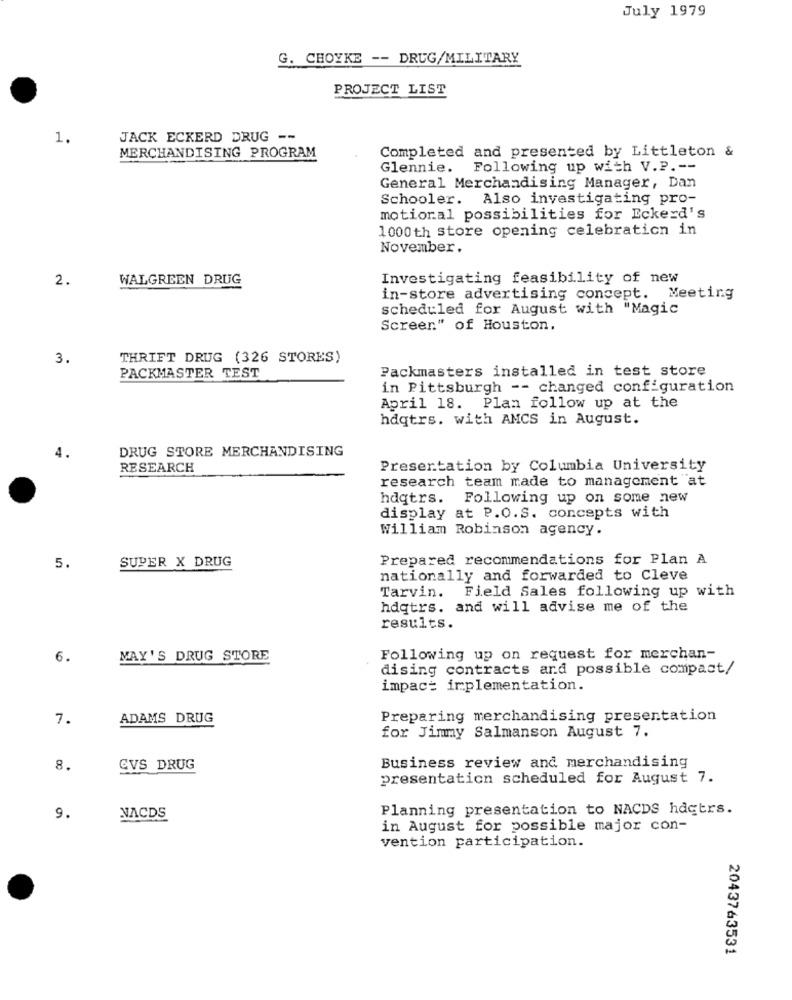
July 1979
G. CHOYKE -- DRUG/MILITARY
PROJECT LIST
1.
JACK ECKERD DRUG --
MERCHANDISING PROGRAM
Completed and presented by Littleton &
Glennie.
Following up with V.P. --
General Merchandising Manager, Dan
Schooler. Also investigating pro-
motioral possibilities for Eckerd's
1000th store opening celebration in
November.
2.
WALGREEN DRUG
Investigating feasibility of new
in-store advertising concept. Meeting
scheduled for August with "Magic
Screen" of Houston,
3.
THRIFT DRUG (326 STORES)
Packmasters installed in test store
PACKMASTER TEST
in Pittsburgh -- changed configuration
April 18. Plan follow up at the
hdqtrs. with AMCS in August.
DRUG STORE MERCHANDISING
4.
RESEARCH
Presentation by Columbia University
research team made to management "at
hdqtrs.
Following up on some new
display at P.O.S. concepts with
William Robinson agency.
SUPER X DRUG
Prepared recommendations for Plan A
5.
nationally and forwarded to Cleve
Tarvin. Field Sales following up with
hdqtrs. and will advise me of the
results.
6.
MAY'S DRUG STORE
Following up on request for merchan-
dising contracts ard possible compact/
impact implementation.
7.
ADAMS DRUG
Preparing merchandising presentation
for Jimmy Salmanson August 7.
8.
CVS DRUG
Business review and merchandising
presentation scheduled for August 7.
Planning presentation to NACDS hdctrs.
9.
NACDS
in August for possible major con-
vention participation.
2043763531